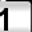
Digit: 1